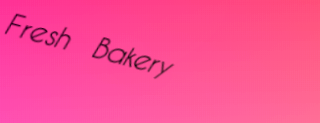
Fresh Bakery